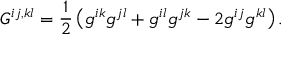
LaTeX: G ^ { i j , k l } = \frac { 1 } { 2 } \left( g ^ { i k } g ^ { j l } + g ^ { i l } g ^ { j k } - 2 g ^ { i j } g ^ { k l } \right) .